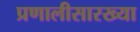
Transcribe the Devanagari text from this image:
प्रणालीसारख्या